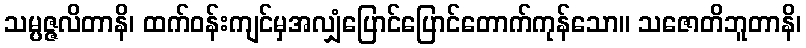
သမ္ပဇ္ဇလိတာနိ၊ ထက်ဝန်းကျင်မှအလျှံပြောင်ပြောင်တောက်ကုန်သော။ သဇောတိဘူတာနိ၊